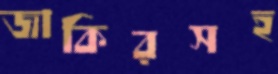
জাকিরসহ